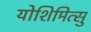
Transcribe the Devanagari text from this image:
योशिमित्सु